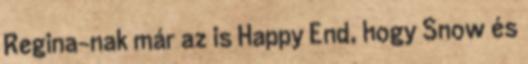
Regina-nak már az is Happy End, hogy Snow és